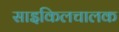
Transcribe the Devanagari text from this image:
साइकिलचालक